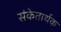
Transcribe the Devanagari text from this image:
संकेतार्थक